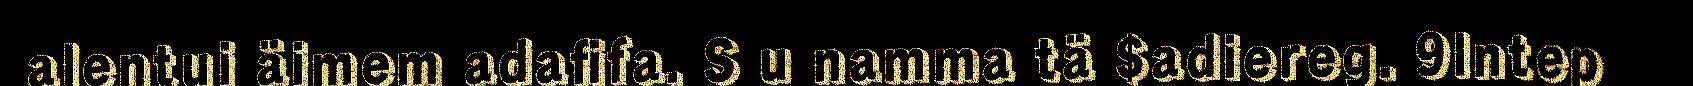
alentui äimem adafifa. S u namma tä $adiereg. 9lntep